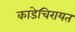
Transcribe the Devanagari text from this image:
काडेचिरायत